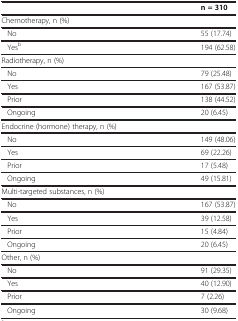
|  | n = 310 |
 | --- | --- |
 | Chemotherapy, n (%) |  |
 | No | 55 (17.74) |
 | Yesb | 194 (62.58) |
 | Radiotherapy, n (%) |  |
 | No | 79 (25.48) |
 | Yes | 167 (53.87) |
 | Prior | 138 (44.52) |
 | Ongoing | 20 (6.45) |
 | Endocrine (hormone) therapy, n (%) |  |
 | No | 149 (48.06) |
 | Yes | 69 (22.26) |
 | Prior | 17 (5.48) |
 | Ongoing | 49 (15.81) |
 | Multi-targeted substances, n (%) |  |
 | No | 167 (53.87) |
 | Yes | 39 (12.58) |
 | Prior | 15 (4.84) |
 | Ongoing | 20 (6.45) |
 | Other, n (%) |  |
 | No | 91 (29.35) |
 | Yes | 40 (12.90) |
 | Prior | 7 (2.26) |
 | Ongoing | 30 (9.68) |